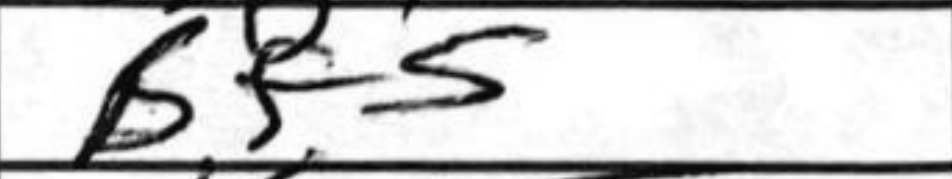
Transcription: Bf5